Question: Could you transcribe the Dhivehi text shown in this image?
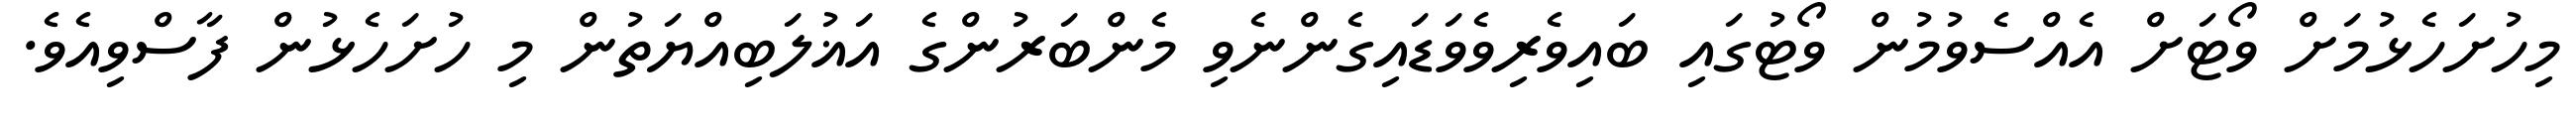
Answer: މިހުށަހެޅުމަށް ވޯޓަށް އެއްސެވުމުން ވޯޓުގައި ބައިވެރިވެވަޑައިގެންނެވި މެންބަރުންގެ އަޣުލަބިއްޔަތުން މި ހުށަހެޅުން ފާސްވިއެވެ.